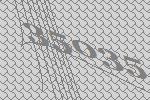
35035